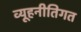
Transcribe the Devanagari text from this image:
व्यूहनीतिगत